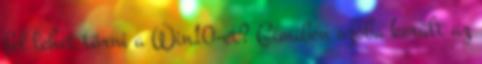
fel lehet törni a Win10-et? Gimiben szóba került az